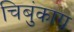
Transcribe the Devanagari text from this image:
चिबुंकाग्र